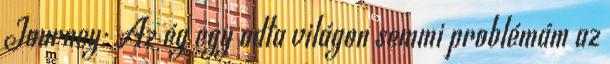
Journey: Az ég egy adta világon semmi problémám az